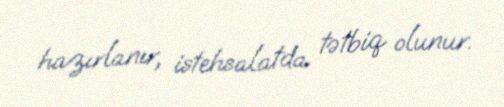
hazırlanır, istehsalatda tətbiq olunur.